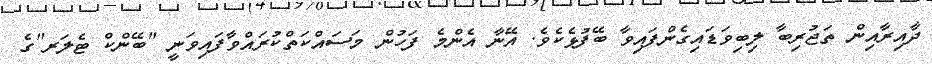
ދާއިރާއިން ތަޖުރިބާ ލިބިވަޑައިގެންފައިވާ ބޭފުޅެކެވެ. އޭނާ އެންމެ ފަހުން މަސައްކަތްކުރައްވާފައިވަނީ "ބޭންކް ޓެލަރ"ގެ